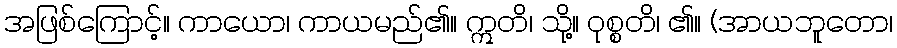
အဖြစ်ကြောင့်။ ကာယော၊ ကာယမည်၏။ ဣတိ၊ သို့။ ဝုစ္စတိ၊ ၏။ (အာယဘူတော၊